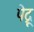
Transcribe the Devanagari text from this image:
पेद्रू